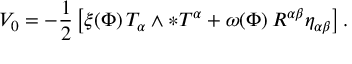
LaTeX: V _ { 0 } = - { \frac { 1 } { 2 } } \left[ \xi ( \Phi ) \, T _ { \alpha } \wedge \ast T ^ { \alpha } + \omega ( \Phi ) \, R ^ { \alpha \beta } \eta _ { \alpha \beta } \right] .